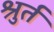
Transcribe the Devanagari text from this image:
श्रुर्त